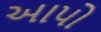
આપો